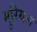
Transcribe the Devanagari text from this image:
मुरियल